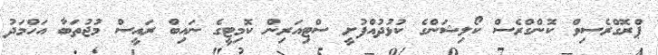
ޕްރޮގްރެސިވް ކޮންގްރެސް ކޯލިޝަންގެ ކުޅުދުއްފުށީ ސްޓިއަރިން ކޮމިޓީގެ ނައިބް ރައީސް މުޖުތަބާ އަހްމަދު